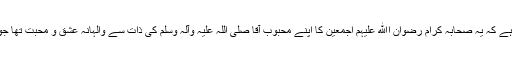
جب اس کا راز تلاش کرتے ہیں تو یہ حقیقت عیاں ہوتی ہے کہ یہ صحابہ کرام رضوان اﷲ علیہم اجمعین کا اپنے محبوب آقا صلی اللہ علیہ وآلہ وسلم کی ذات سے والہانہ عشق و محبت تھا جو انہیں صحبتِ نبوی صلی اللہ علیہ وآلہ وسلم سے ملا تھا۔